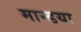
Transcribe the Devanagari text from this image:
मान्डया